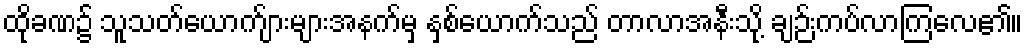
ထိုခဏ၌ သူသတ်ယောက်ျားများအနက်မှ နှစ်ယောက်သည် တာလာအနီးသို့ ချဉ်းကပ်လာကြလေ၏။